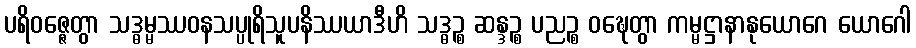
ပရိဝဇ္ဇေတွာ သဒ္ဓမ္မဿဝနသပ္ပုရိသူပနိဿယာဒီဟိ သဒ္ဓဉ္စ ဆန္ဒဉ္စ ပညဉ္စ ဝဍ္ဎေတွာ ကမ္မဋ္ဌာနာနုယောဂေ ယောဂေါ